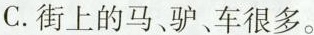
C.街上的马、驴、车很多。